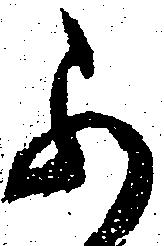
不